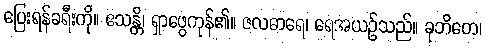
ပြေးရန်ခရီးကို။ ဧသန္တိ၊ ရှာဖွေကုန်၏။ ဇလဓာရေ၊ ရေအယဉ်သည်။ ခုဘိတေ၊